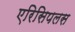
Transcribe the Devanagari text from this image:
एरिसिपलस